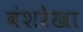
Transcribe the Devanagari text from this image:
वंशरेखा